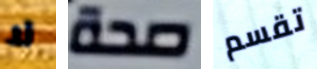
لا صحة تقسم